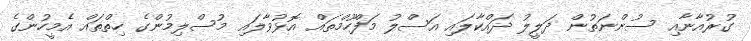
ގުރުއާނާއި ސުންނަތުން ދަލީލު ދައްކާލައި އަސްލު މަފްހޫމްތައް އޮޅުވާލައި މުސްލިމުންގެ ހިތްތައް އެމީހުންގެ